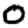
Digit: 0